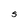
Character: S